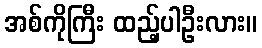
အစ်ကိုကြီး ထည့်ပါဦးလား။